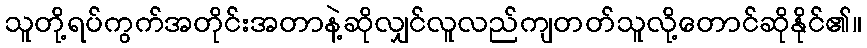
သူတို့ရပ်ကွက်အတိုင်းအတာနဲ့ဆိုလျှင်လူလည်ကျတတ်သူလို့တောင်ဆိုနိုင်၏။